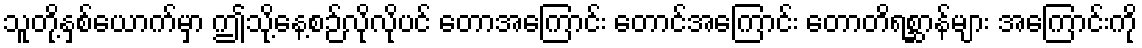
သူတို့နှစ်ယောက်မှာ ဤသို့နေ့စဉ်လိုလိုပင် တောအကြောင်း တောင်အကြောင်း တောတိရစ္ဆာန်များ အကြောင်းကို